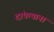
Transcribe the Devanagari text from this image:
दांपत्याना